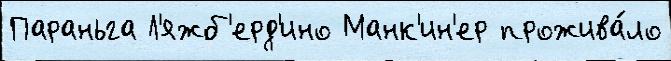
Параньга Л'яжб'ерд'ино Манк'ин'ер прожива́ло